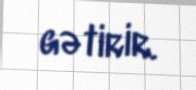
gətirir.